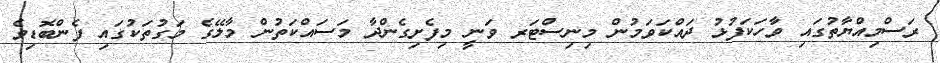
ރަސްމިއްޔާތުގައި ވާހަކަފުޅު ދައްކަވަމުން މިނިސްޓަރ ވަނީ މިފެށިގެންދާ މަސައްކަތުން މާލޭގެ މަގުތަކުގައި ފެންބޮޑިވެ